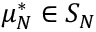
\mu _ { N } ^ { * } \in S _ { N }